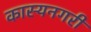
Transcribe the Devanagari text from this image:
कास्यनगरी